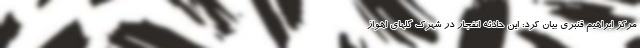
مرکز ابراهیم قنبری بیان کرد: این حادثه انفجار در شهرک گلهای اهواز